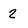
Character: 2